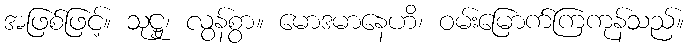
အဖြစ်ဖြင့်။ သုဋ္ဌု၊ လွန်စွာ။ မောဒမာနေဟိ၊ ဝမ်းမြောက်ကြကုန်သည်။